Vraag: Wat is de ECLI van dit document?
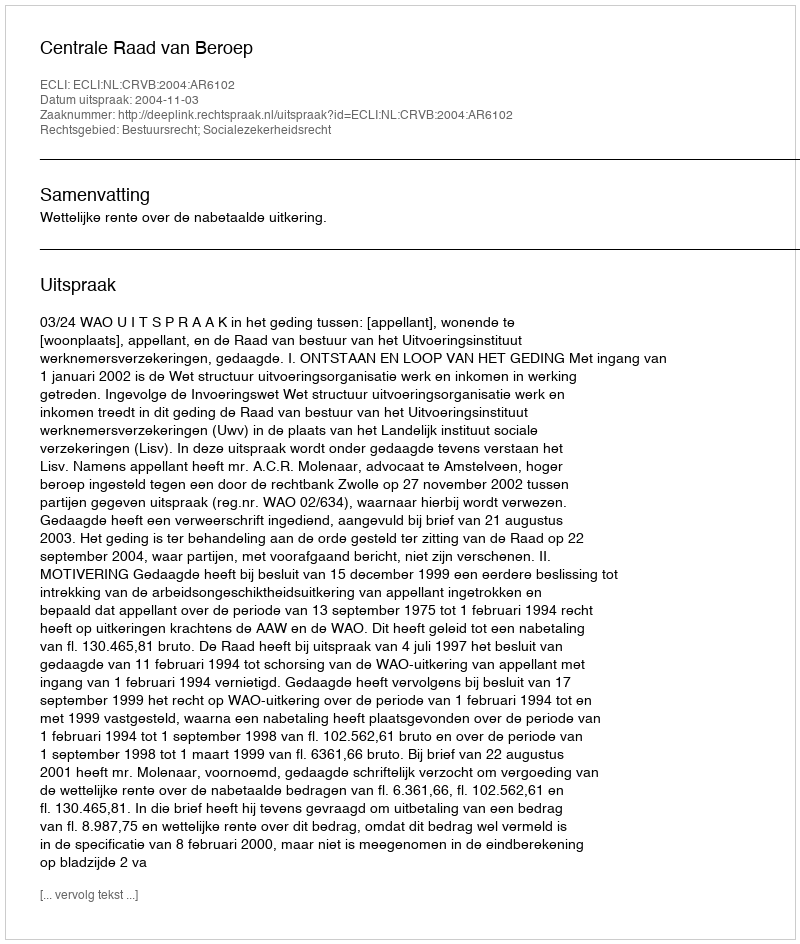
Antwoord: ECLI:NL:CRVB:2004:AR6102